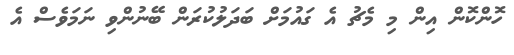
ހޮންކޮން އިން މި މެޗު އެ ގައުމަށް ބަދަލުކުރަން ބޭނުންވި ނަމަވެސް އެ